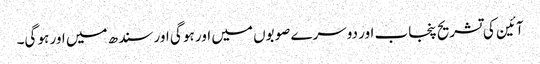
آئین کی تشریح پنجاب اور دوسرے صوبوں میں اور ہو گی اور سندھ میں اور ہو گی۔